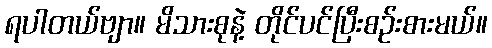
ရပါတယ်ဗျာ။ မိသားစုနဲ့ တိုင်ပင်ပြီးစဉ်းစားမယ်။